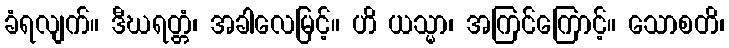
ခံရလျက်။ ဒီဃရတ္တံ၊ အခါလေမြင့်။ ဟိ ယသ္မာ၊ အကြင်ကြောင့်။ သောစတိ၊